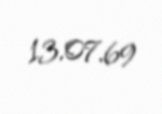
13.07.69